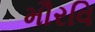
મૌરવિ